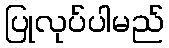
ပြုလုပ်ပါမည်